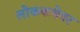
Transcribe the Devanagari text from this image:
लोककथेवर